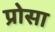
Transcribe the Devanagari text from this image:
प्रोसा